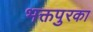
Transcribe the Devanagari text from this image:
भक्तपुरका